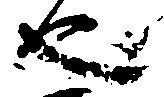
也